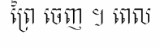
ព្រៃ ចេញ ។ ពេល